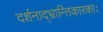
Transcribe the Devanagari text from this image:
दर्शनाद्भ्रान्तिकारकाः